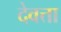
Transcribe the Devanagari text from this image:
देवत्ता